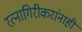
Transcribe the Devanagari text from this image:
रत्नागिरीकरांनाही